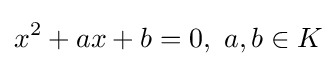
x^{2}+ax+b=0,\ a,b\in K